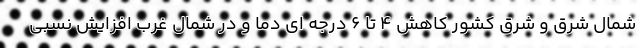
شمال شرق و شرق کشور کاهش ۴ تا ۶ درجه ای دما و در شمال غرب افزایش نسبی